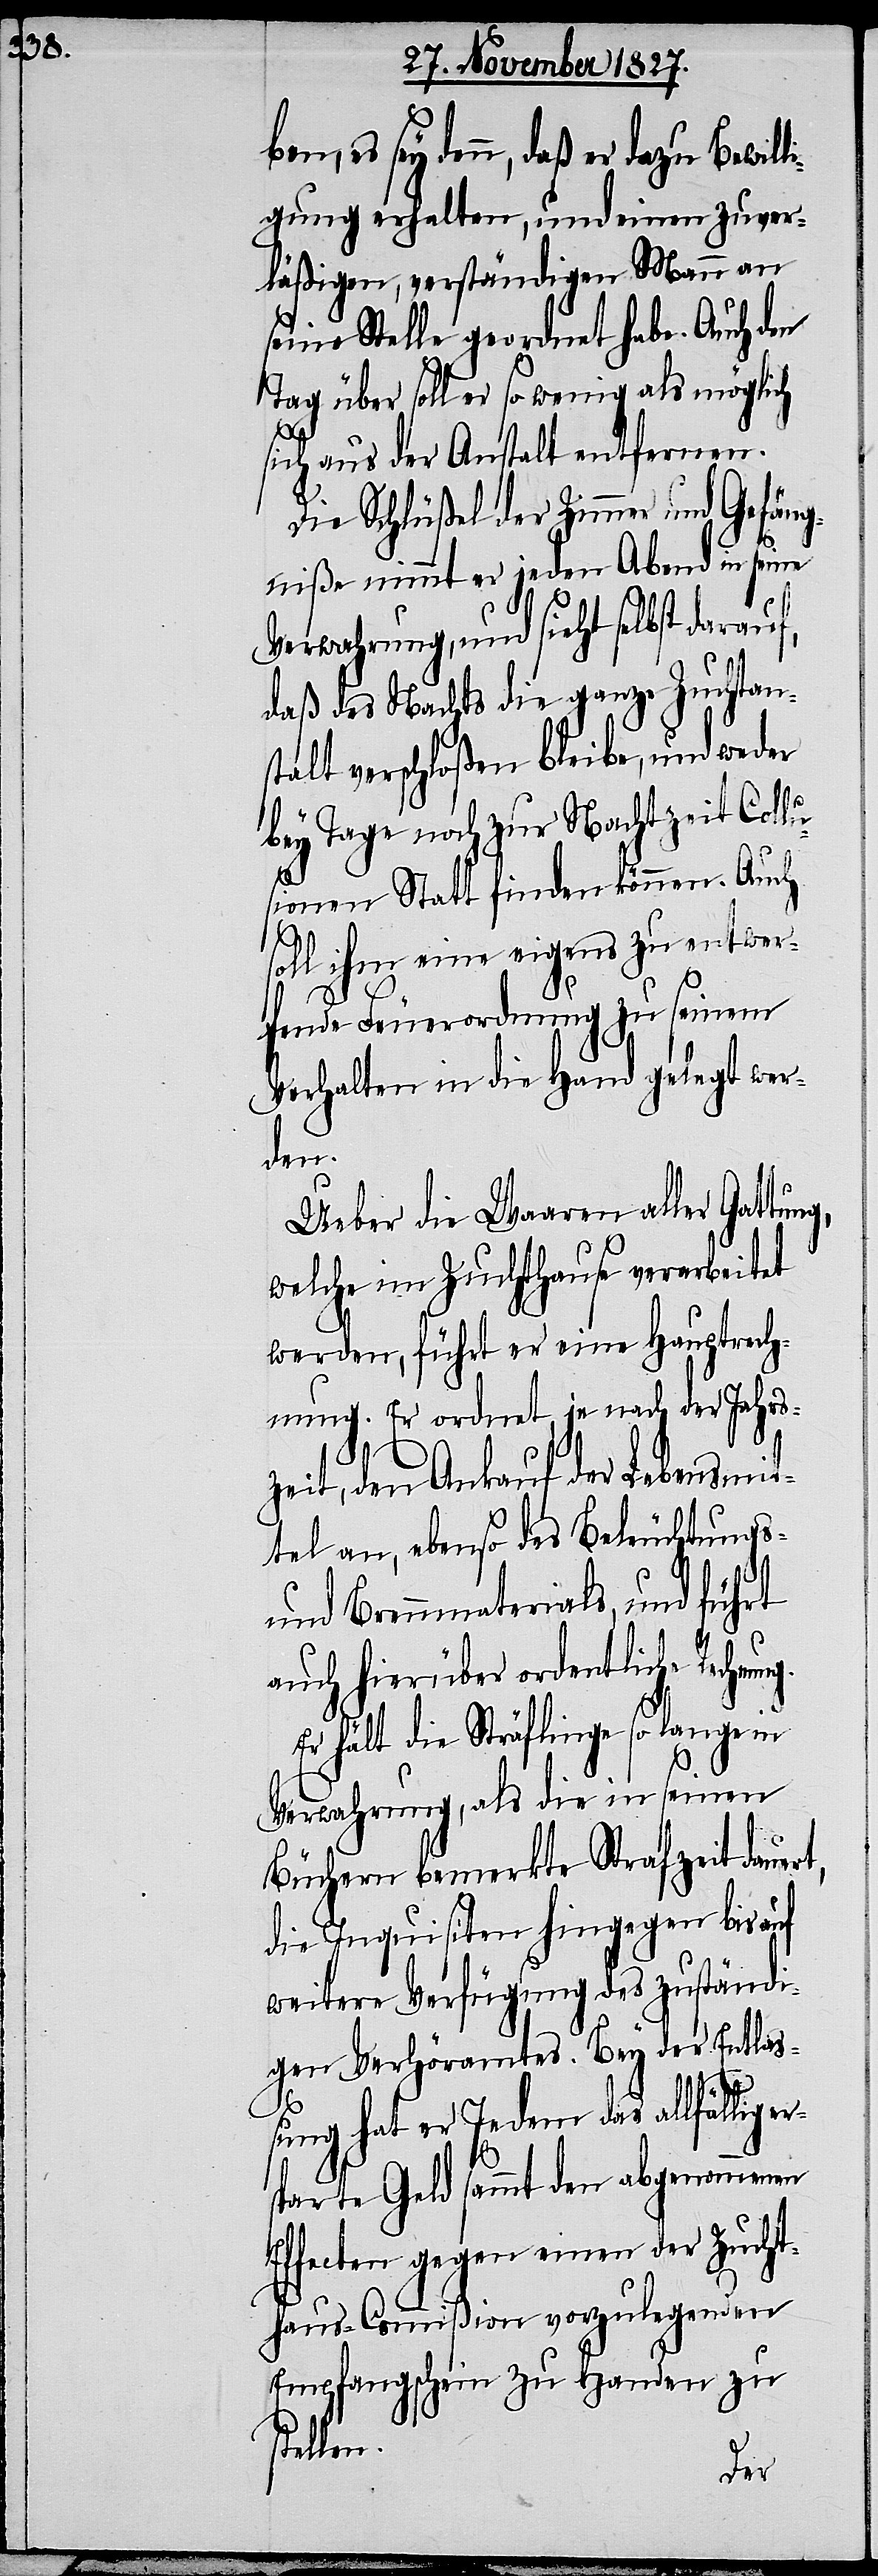
es sey denn, daß er dazu Bewill¬
igung erhalten, und einen zuver¬
läßigen, verständigen Mann an
seine Stelle geordnet habe. Auch den
Tag über soll er so wenig als möglich
sich aus der Anstalt entfernen.
Die Schlüßel der Zimmer und Gefäng¬
niße nimmt er jeden Abend in seine
Verwahrung, und sieht selbst darauf,
daß des Nachts die ganze Zuchtan¬
stalt verschloßen bleibe, und weder
bey Tage noch zur Nachtzeit Collu¬
sionen Statt finden können. Auch
soll ihm eine eigens zu entwer¬
fende Feuerordnung zu seinem
Verhalten in die Hand gelegt wer¬
den.
Ueber die Waaren aller Gattung,
welche im Zuchthause verarbeitet
werden, führt er eine Hauptrech¬
nung. Er ordnet, je nach Jahres¬
zeit, den Ankauf der Lebensmit¬
tel an, ebenso des Beleuchtungs-
und Brennmaterials, und führt
auch hierüber ordentliche Rechnun¬
Er hält die Sträflinge so lange in
Verwahrung, als die in seinen
Büchern bemerkte Strafzeit dauert,
die Inquisiten hingegen bis auf
weitere Verfügung des zuständi¬
gen Verhöramtes. Bey der Entla¬
g.
ßung hat der Jedem das allfällige
sparte Geld sammt den abgenommenen
Effecten gegen einen der Zucht¬
haus-Commißion vorzulegenden
Empfangsschein zu Handen zu
stellen.
er¬